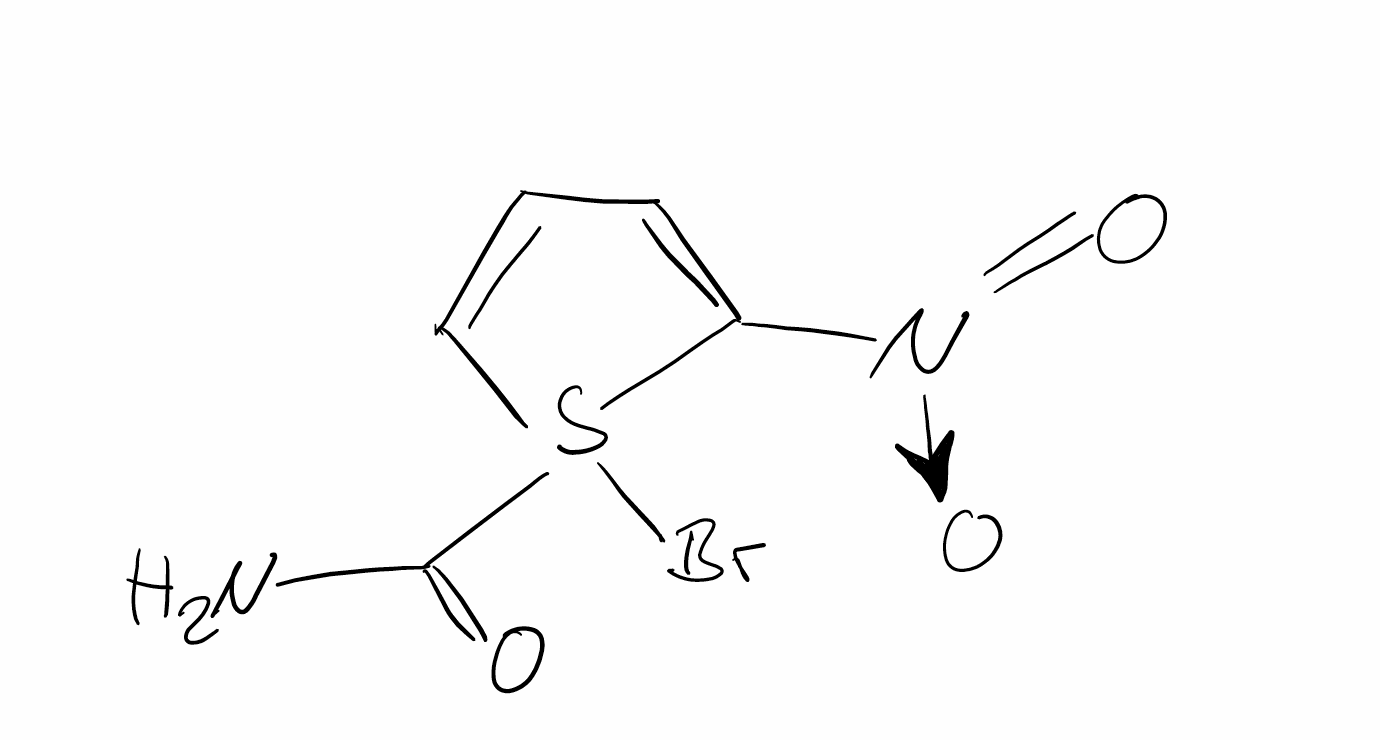
Simplified molecular-input line-entry system (SMILES) notation of the given molecule:
C1=CS(C(=C1)[N+](=O)[O-])(C(=O)N)Br